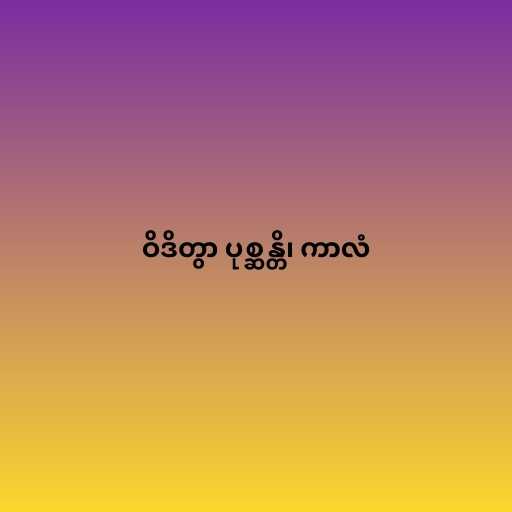
ဝိဒိတွာ ပုစ္ဆန္တိ၊ ကာလံ